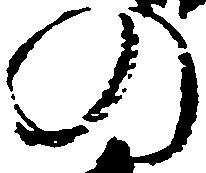
の